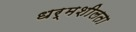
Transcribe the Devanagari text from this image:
धर्मशीलता